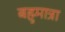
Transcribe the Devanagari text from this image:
बहुमात्रा